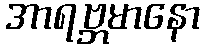
အာရဗ္ဘမာနော